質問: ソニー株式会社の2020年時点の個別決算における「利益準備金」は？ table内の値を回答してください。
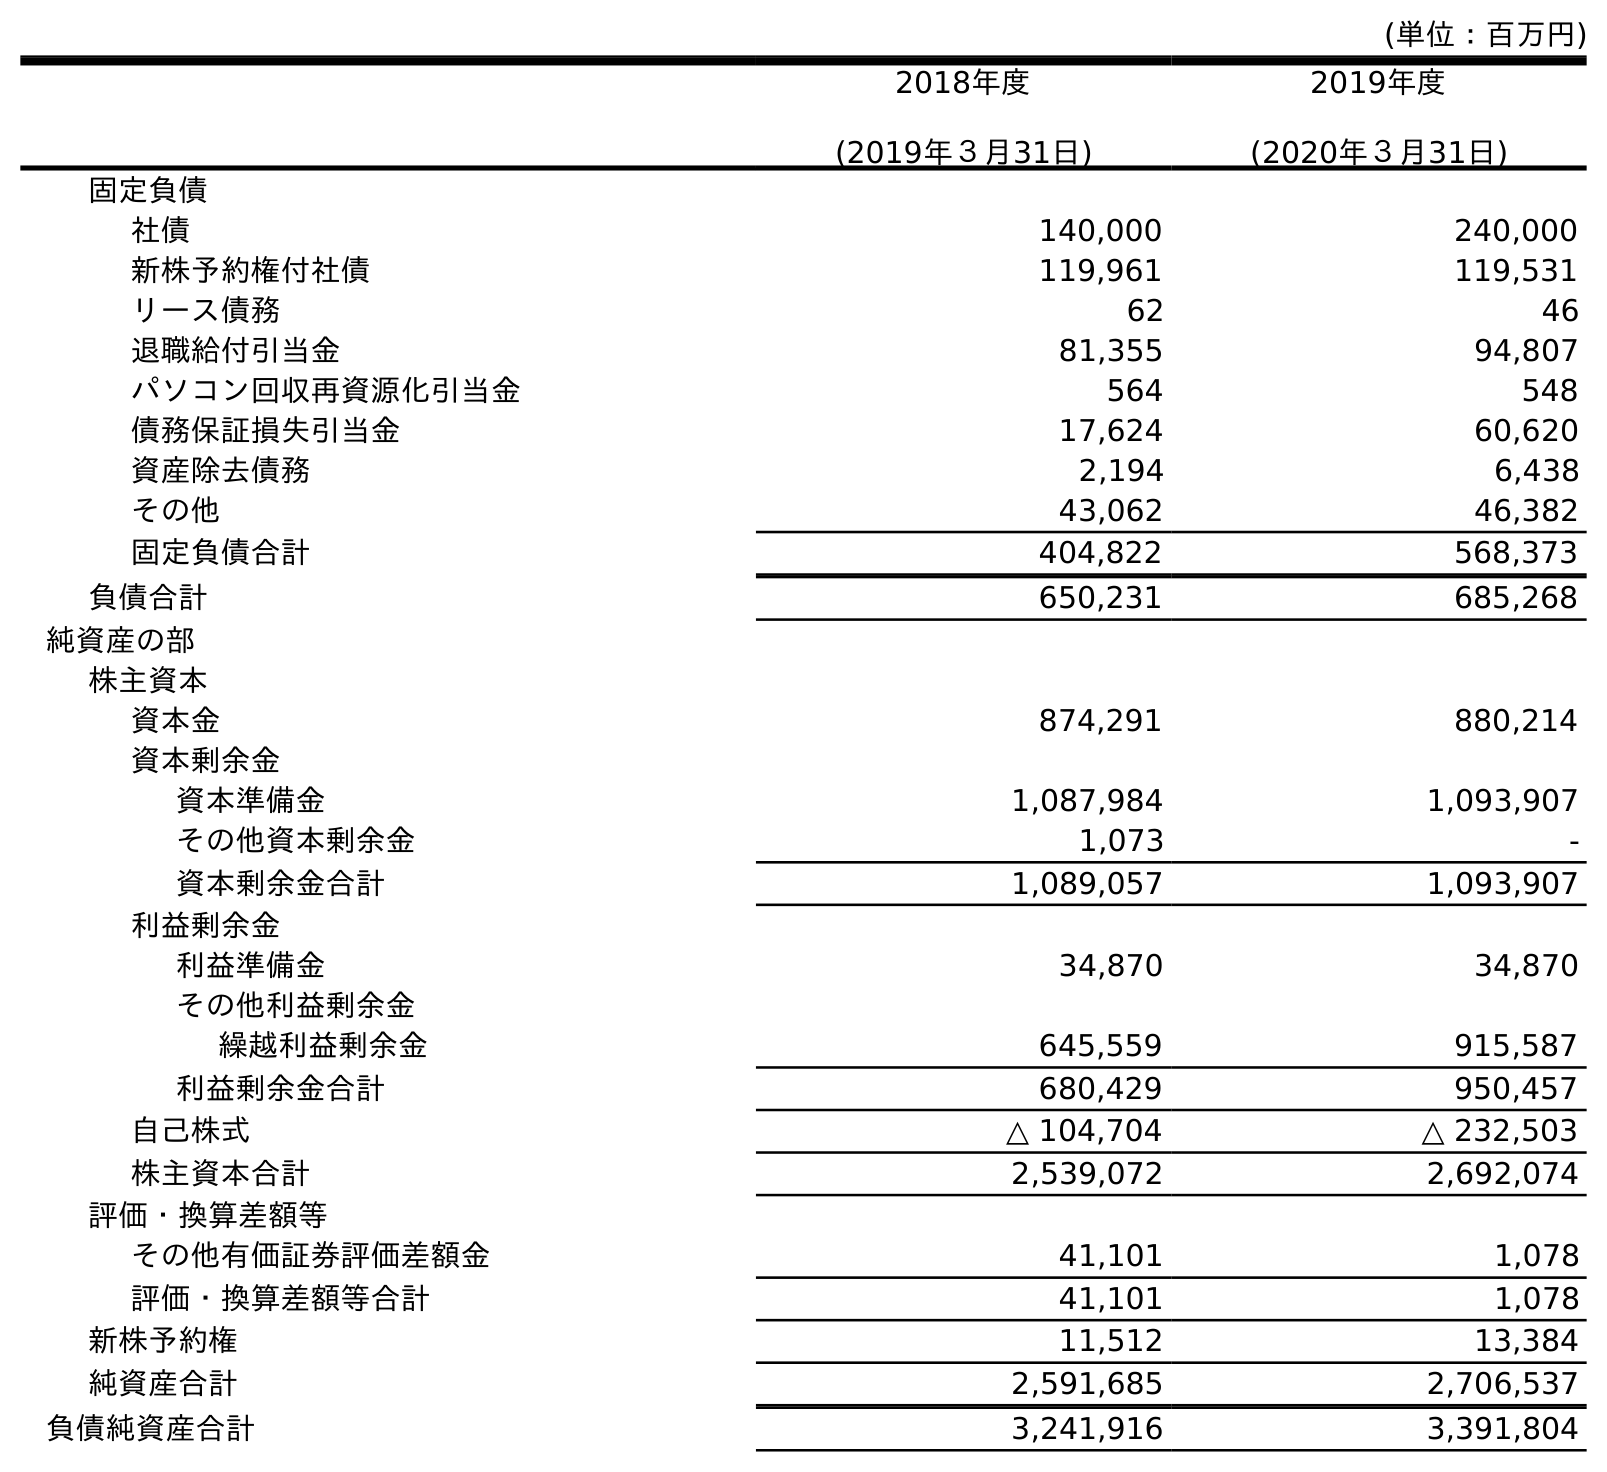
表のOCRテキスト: (単位：百万円) 2018年度 (2019年３月31日) 2019年度 (2020年３月31日) 固定負債 社債 140,000 240,000 新株予約権付社債 119,961 119,531 リース債務 62 46 退職給付引当金 81,355 94,807 パソコン回収再資源化引当金 564 548 債務保証損失引当金 17,624 60,620 資産除去債務 2,194 6,438 その他 43,062 46,382 固定負債合計 404,822 568,373 負債合計 650,231 685,268 純資産の部 株主資本 資本金 874,291 880,214 資本剰余金 資本準備金 1,087,984 1,093,907 その他資本剰余金 1,073 - 資本剰余金合計 1,089,057 1,093,907 利益剰余金 利益準備金 34,870 34,870 その他利益剰余金 繰越利益剰余金 645,559 915,587 利益剰余金合計 680,429 950,457 自己株式 △ 104,704 △ 232,503 株主資本合計 2,539,072 2,692,074 評価・換算差額等 その他有価証券評価差額金 41,101 1,078 評価・換算差額等合計 41,101 1,078 新株予約権 11,512 13,384 純資産合計 2,591,685 2,706,537 負債純資産合計 3,241,916 3,391,804
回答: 34,870